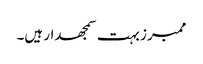
ممبرز بہت سمجھدار ہیں۔